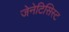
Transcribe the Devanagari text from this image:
जेनेटिसिस्ट